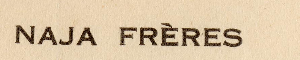
NAJA FRERES